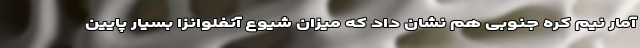
آمار نیم کره جنوبی هم نشان داد که میزان شیوع آنفلوانزا بسیار پایین